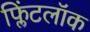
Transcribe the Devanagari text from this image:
फ्लिंटलॉक